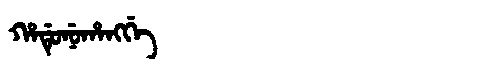
Manchu: ᡥᠠᡩᡠᠨᡠᡥᠠᠩᡤᡝ
Romanization: HADUNUHANGGE